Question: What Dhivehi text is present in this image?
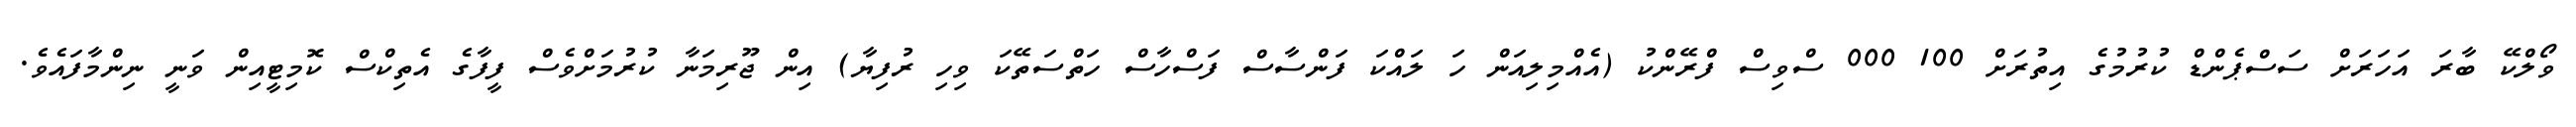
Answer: ވޯލްކޭ ބާރަ އަހަރަށް ސަސްޕެންޑް ކުރުމުގެ އިތުރަށް 100 000 ސްވިސް ފްރޭންކު (އެއްމިލިއަން ހަ ލައްކަ ފަންސާސް ފަސްހާސް ހަތްސަތޭކަ ވިހި ރުފިޔާ) އިން ޖޫރިމަނާ ކުރުމަށްވެސް ފީފާގެ އެތިކްސް ކޮމިޓީއިން ވަނީ ނިންމާފައެވެ.